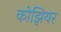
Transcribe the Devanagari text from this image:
कोझियर